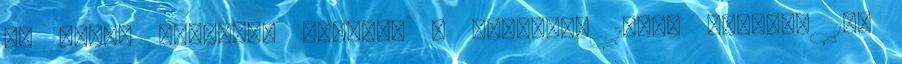
6. német hadsereg leteszi a fegyvert 1943. április 13.